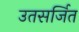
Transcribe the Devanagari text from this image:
उतसर्जित